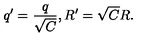
q ^ { \prime } = \frac q { \sqrt { C } } , R ^ { \prime } = \sqrt { C } R .